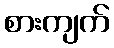
စားကျက်